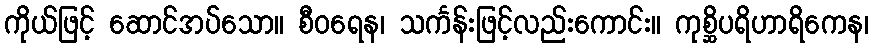
ကိုယ်ဖြင့် ဆောင်အပ်သော။ စီဝရေန၊ သင်္ကန်းဖြင့်လည်းကောင်း။ ကုစ္ဆိပရိဟာရိကေန၊